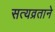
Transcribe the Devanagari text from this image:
सत्यव्रताने